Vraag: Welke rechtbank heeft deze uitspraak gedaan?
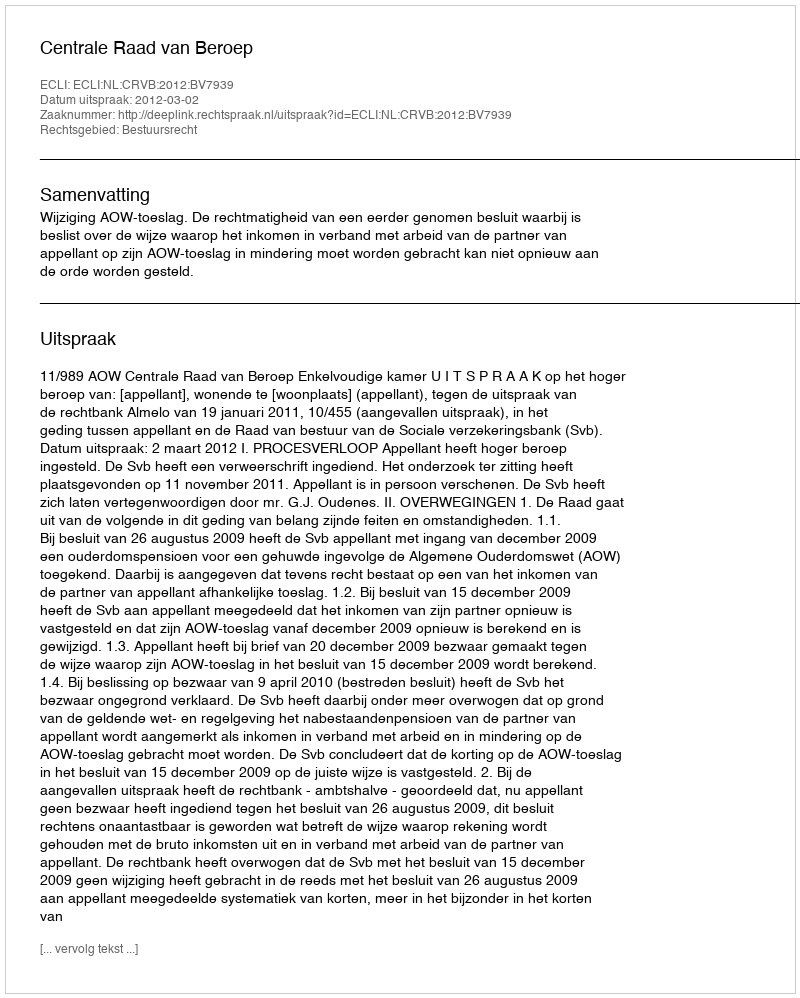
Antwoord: Centrale Raad van Beroep